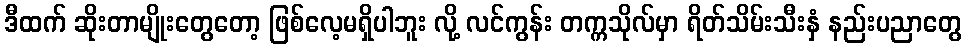
ဒီထက် ဆိုးတာမျိုးတွေတော့ ဖြစ်လေ့မရှိပါဘူး လို့ လင်ကွန်း တက္ကသိုလ်မှာ ရိတ်သိမ်းသီးနှံ နည်းပညာတွေ